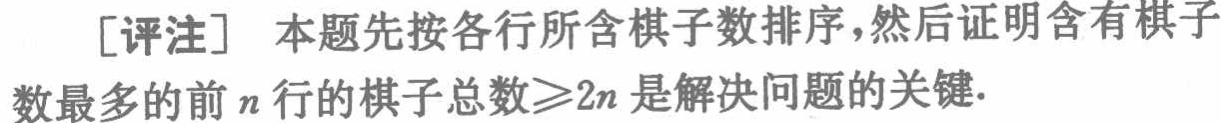
[评注] 本题先按各行所含棋子数排序，然后证明含有棋子数最多的前\(n\)行的棋子总数\(\geqslant2n\)是解决问题的关键.